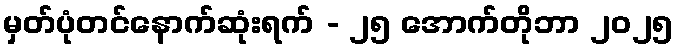
မှတ်ပုံတင်နောက်ဆုံးရက် - ၂၅ အောက်တိုဘာ ၂၀၂၅